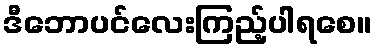
ဒီဘောပင်လေးကြည့်ပါရစေ။